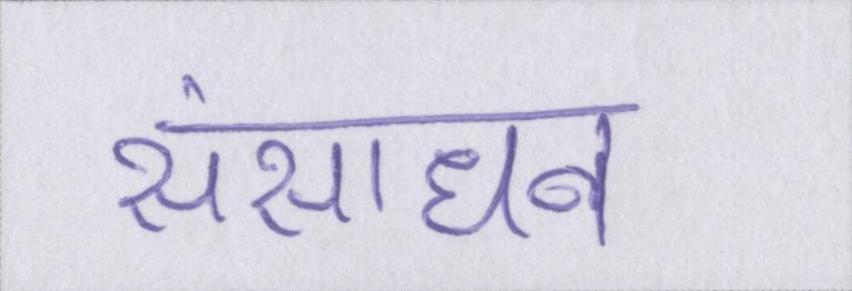
संसाधन